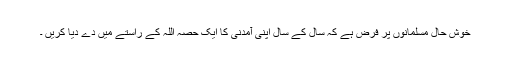
خوش حال مسلمانوں پر فرض ہے کہ سال کے سال اپنی آمدنی کا ایک حصہ اللہ کے راستے میں دے دیا کریں ۔